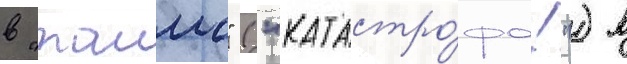
в "таимс" ("катастро́фа!") в